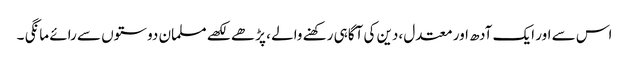
اس سے اور ایک آدھ اور معتدل ،دین کی آگاہی رکھنے والے ، پڑھے لکھے مسلمان دوستوں سے رائے مانگی ۔